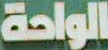
الواحة